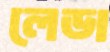
লেডা